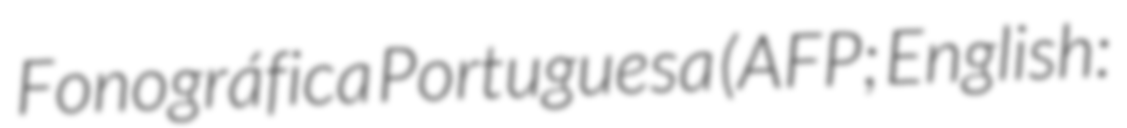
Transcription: Fonográfica Portuguesa (AFP; English: